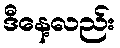
ဒီနေ့လည်း